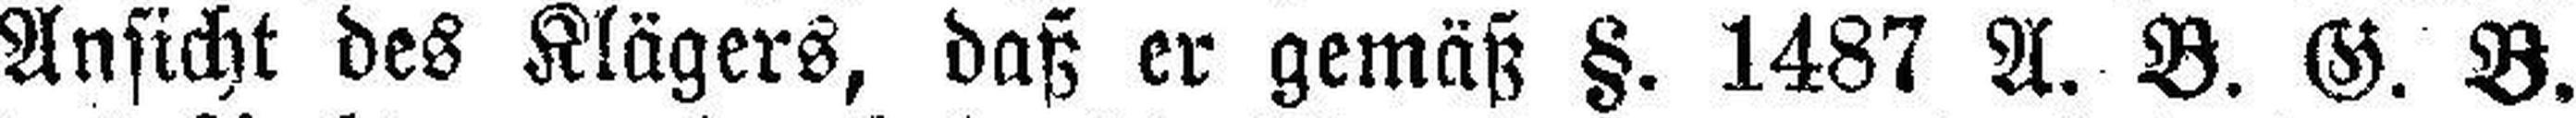
Ansicht des Klägers, daß er gemäß §. 1487 A. B. G. B.